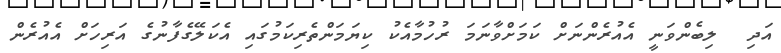
އަދި  ލިބެންވަނީ އެއުރެންނަށް ކަމަށްވާނަމަ ރުހުމާއެކު ކިޔަމަންތެރިކަމުގައި އެކަލޭގެފާނުގެ އަރިހަށް އެއުރެން